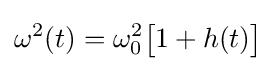
\omega ^{2}(t)=\omega _{0}^{2}{\big [}1+h(t){\big ]}